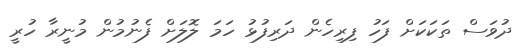
ދުވަސް ތަކަކަށް ފަހު ފިރިހެން ދަރިފުޅު ހަމަ ލޮލަށް ފެނުމުން މުނީރާ ހުރީ